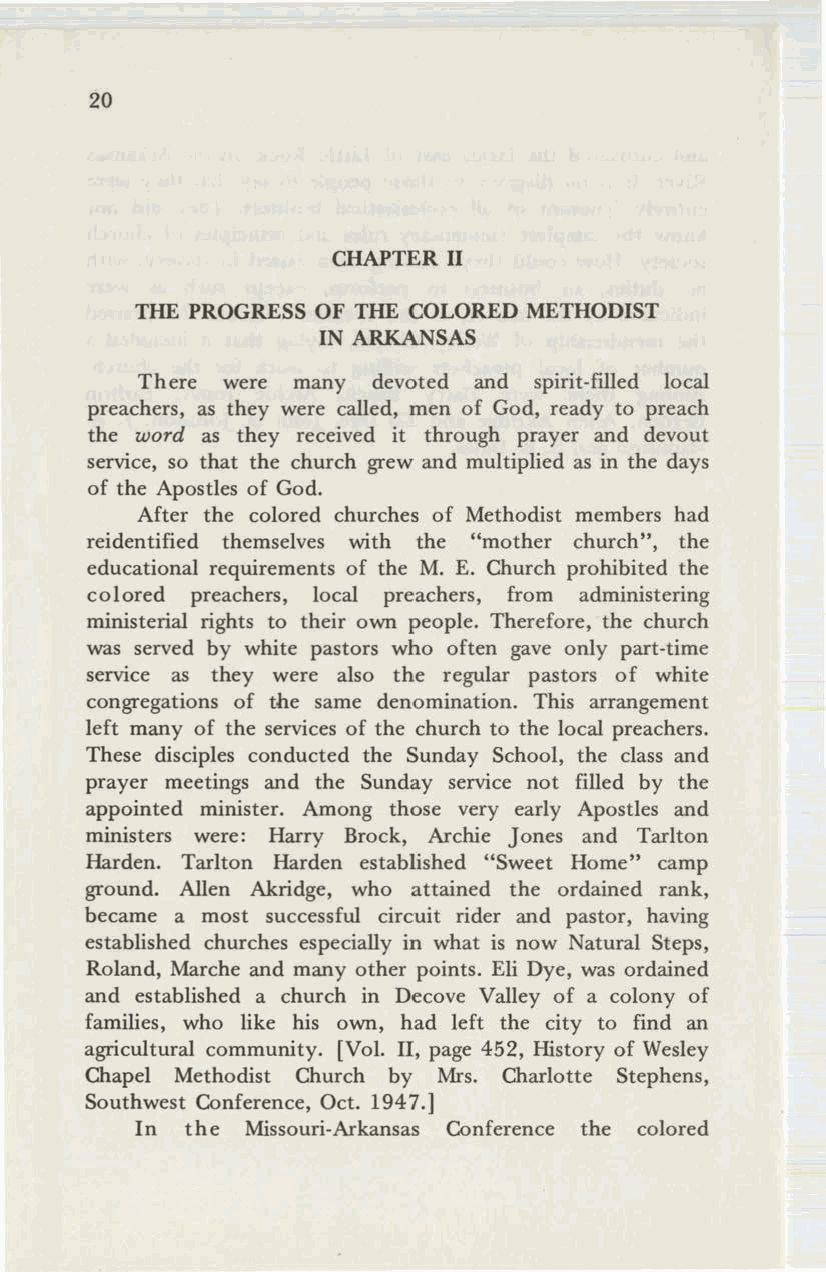
20
 CHAPTER II
 THE PROGRESS OF THE COLORED METHODIST
 IN ARKANSAS
 There were many devoted and spirit-filled local
 preachers, as they were called, men of God, ready to preach
 the word as they received it through prayer and devout
 service, so that the church grew and multiplied as in the days
 of the Apostles of God.
 After the colored churches of Methodist members had
 reidentified themselves with the "mother church", the
 educational requirements of the M. E. Church prohibited the
 colored preachers, local preachers, from administering
 ministerial rights to their own people. Therefore, the church
 was served by white pastors who often gave only part-time
 service as they were also the regular pastors of white
 congregations of the same denomination. This arrangement
 left many of the services of the church to the local preachers.
 These disciples conducted the Sunday School, the class and
 prayer meetings and the Sunday service not filled by the
 appointed minister. Among those very early Apostles and
 ministers were: Harry Brock, Archie Jones and Tarlton
 Harden. Tarlton Harden established "Sweet Home" camp
 ground. Allen Akridge, who attained the ordained rank,
 became a most successful circuit rider and pastor, having
 established churches especially in what is now Natural Steps,
 Roland, Marche and many other points. Eli Dye, was ordained
 and established a church in Decove Valley of a colony of
 families, who like his own, had left the city to find an
 agricultural community. [Vol. II, page 452, History of Wesley
 Chapel Methodist Church by Mrs. Charlotte Stephens,
 Southwest Conference, Oct. 1947.]
 In the Missouri-Arkansas Conference the colored